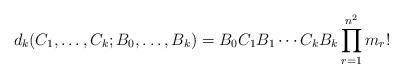
LaTeX: \begin{align*}d_k(C_1,\dots, C_k; B_0, \dots, B_k)=B_0C_1B_1\cdots C_kB_k\prod_{r=1}^{n^2}m_r!\end{align*}